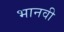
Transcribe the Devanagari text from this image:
भानवी